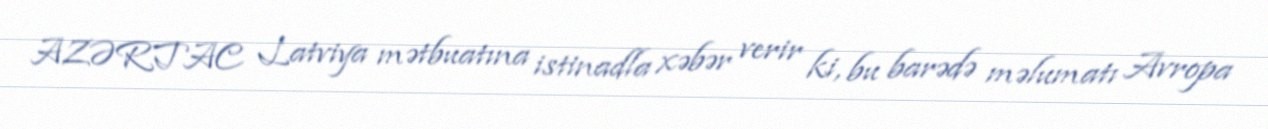
AZƏRTAC Latviya mətbuatına istinadla xəbər verir ki, bu barədə məlumatı Avropa